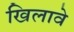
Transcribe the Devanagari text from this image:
खिलावे